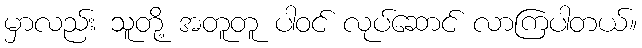
မှာလည်း သူတို့ အတူတူ ပါဝင် လုပ်ဆောင် လာကြပါတယ်။